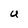
Character: U